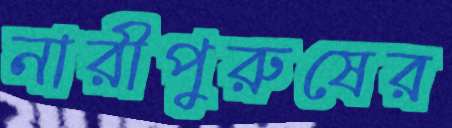
নারীপুরুষের